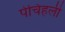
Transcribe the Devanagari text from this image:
पेचिहली